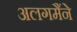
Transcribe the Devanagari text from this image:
अलगमैंने